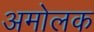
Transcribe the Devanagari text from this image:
अमोलक